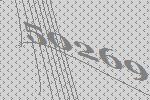
50269